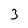
Character: 3